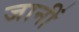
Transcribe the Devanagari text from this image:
जानीं